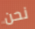
نحن